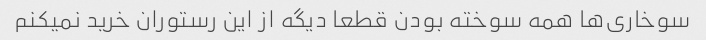
سوخاری‌ها همه سوخته بودن قطعا دیگه از این رستوران خرید نمیکنم